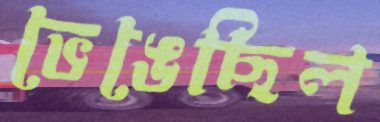
ভেঙেছিল